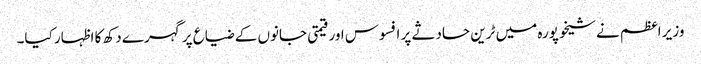
وزیر اعظم نے شیخوپورہ میں ٹرین حادثے پر افسوس اور قیمتی جانوں کے ضیاع پر گہرے دکھ کا اظہار کیا۔